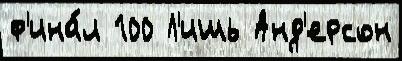
ф'ина́л 100 Л'ишь Анд'ерсон